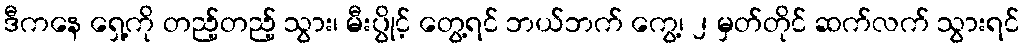
ဒီကနေ ရှေ့ကို တည့်တည့် သွား၊ မီးပွိုင့် တွေ့ရင် ဘယ်ဘက် ကွေ့၊ ၂ မှတ်တိုင် ဆက်လက် သွားရင်